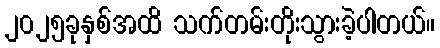
၂၀၂၅ခုနှစ်အထိ သက်တမ်းတိုးသွားခဲ့ပါတယ်။